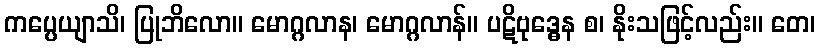
ကပ္ပေယျာသိ၊ ပြုဘိလော။ မောဂ္ဂလာန၊ မောဂ္ဂလာန်။ ပဋိဗုဒ္ဓေန စ၊ နိုးသဖြင့်လည်း။ တေ၊